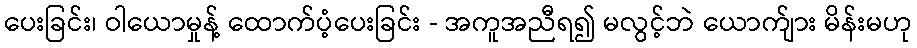
ပေးခြင်း၊ ဝါယောမှုန့် ထောက်ပံ့ပေးခြင်း - အကူအညီရ၍ မလွင့်ဘဲ ယောက်ျား မိန်းမဟု